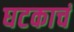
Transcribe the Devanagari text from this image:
घटकाचं